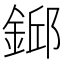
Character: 𨨎